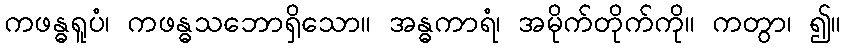
ကဖန္ဓရူပံ၊ ကဖန္ဓသဘောရှိသော။ အန္ဓကာရံ၊ အမိုက်တိုက်ကို။ ကတွာ၊ ၍။